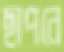
ছাপনে